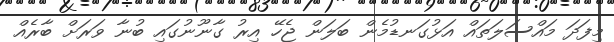
މިފަދަ މައްސަލަތައް އަޅުގަނޑުމެން ބަލަން ޖެހޭ އިރު ގާނޫނުގައި ބުނާ ވަރަށް ބާރެއް